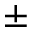
\pm